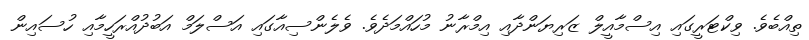
ތިއްބެވެ. ވިކްޓަރީގައި އިސްމާއީލް ޒަރިޔަންދާއި އިމްރާނު މުހައްމަދެވެ. ވެލެންސިއާގައި އަސްލަމް އަބުދުއްރަހީމާއި ހުސައިން